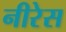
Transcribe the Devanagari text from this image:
नीरेस